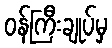
ဝန်ကြီးချုပ်မှ